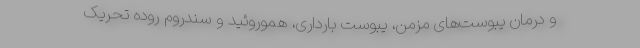
و درمان يبوست‌های مزمن، يبوست‌ بارداری، هموروئيد و سندروم روده تحریک